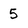
Character: 5